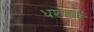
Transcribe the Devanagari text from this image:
धशकों